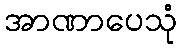
အာဏာပေသုံ